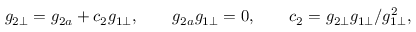
g _ { 2 \bot } = g _ { 2 a } + c _ { 2 } g _ { 1 \bot } , \qquad g _ { 2 a } g _ { 1 \bot } = 0 , \qquad c _ { 2 } = g _ { 2 \bot } g _ { 1 \bot } / g _ { 1 \bot } ^ { 2 } ,